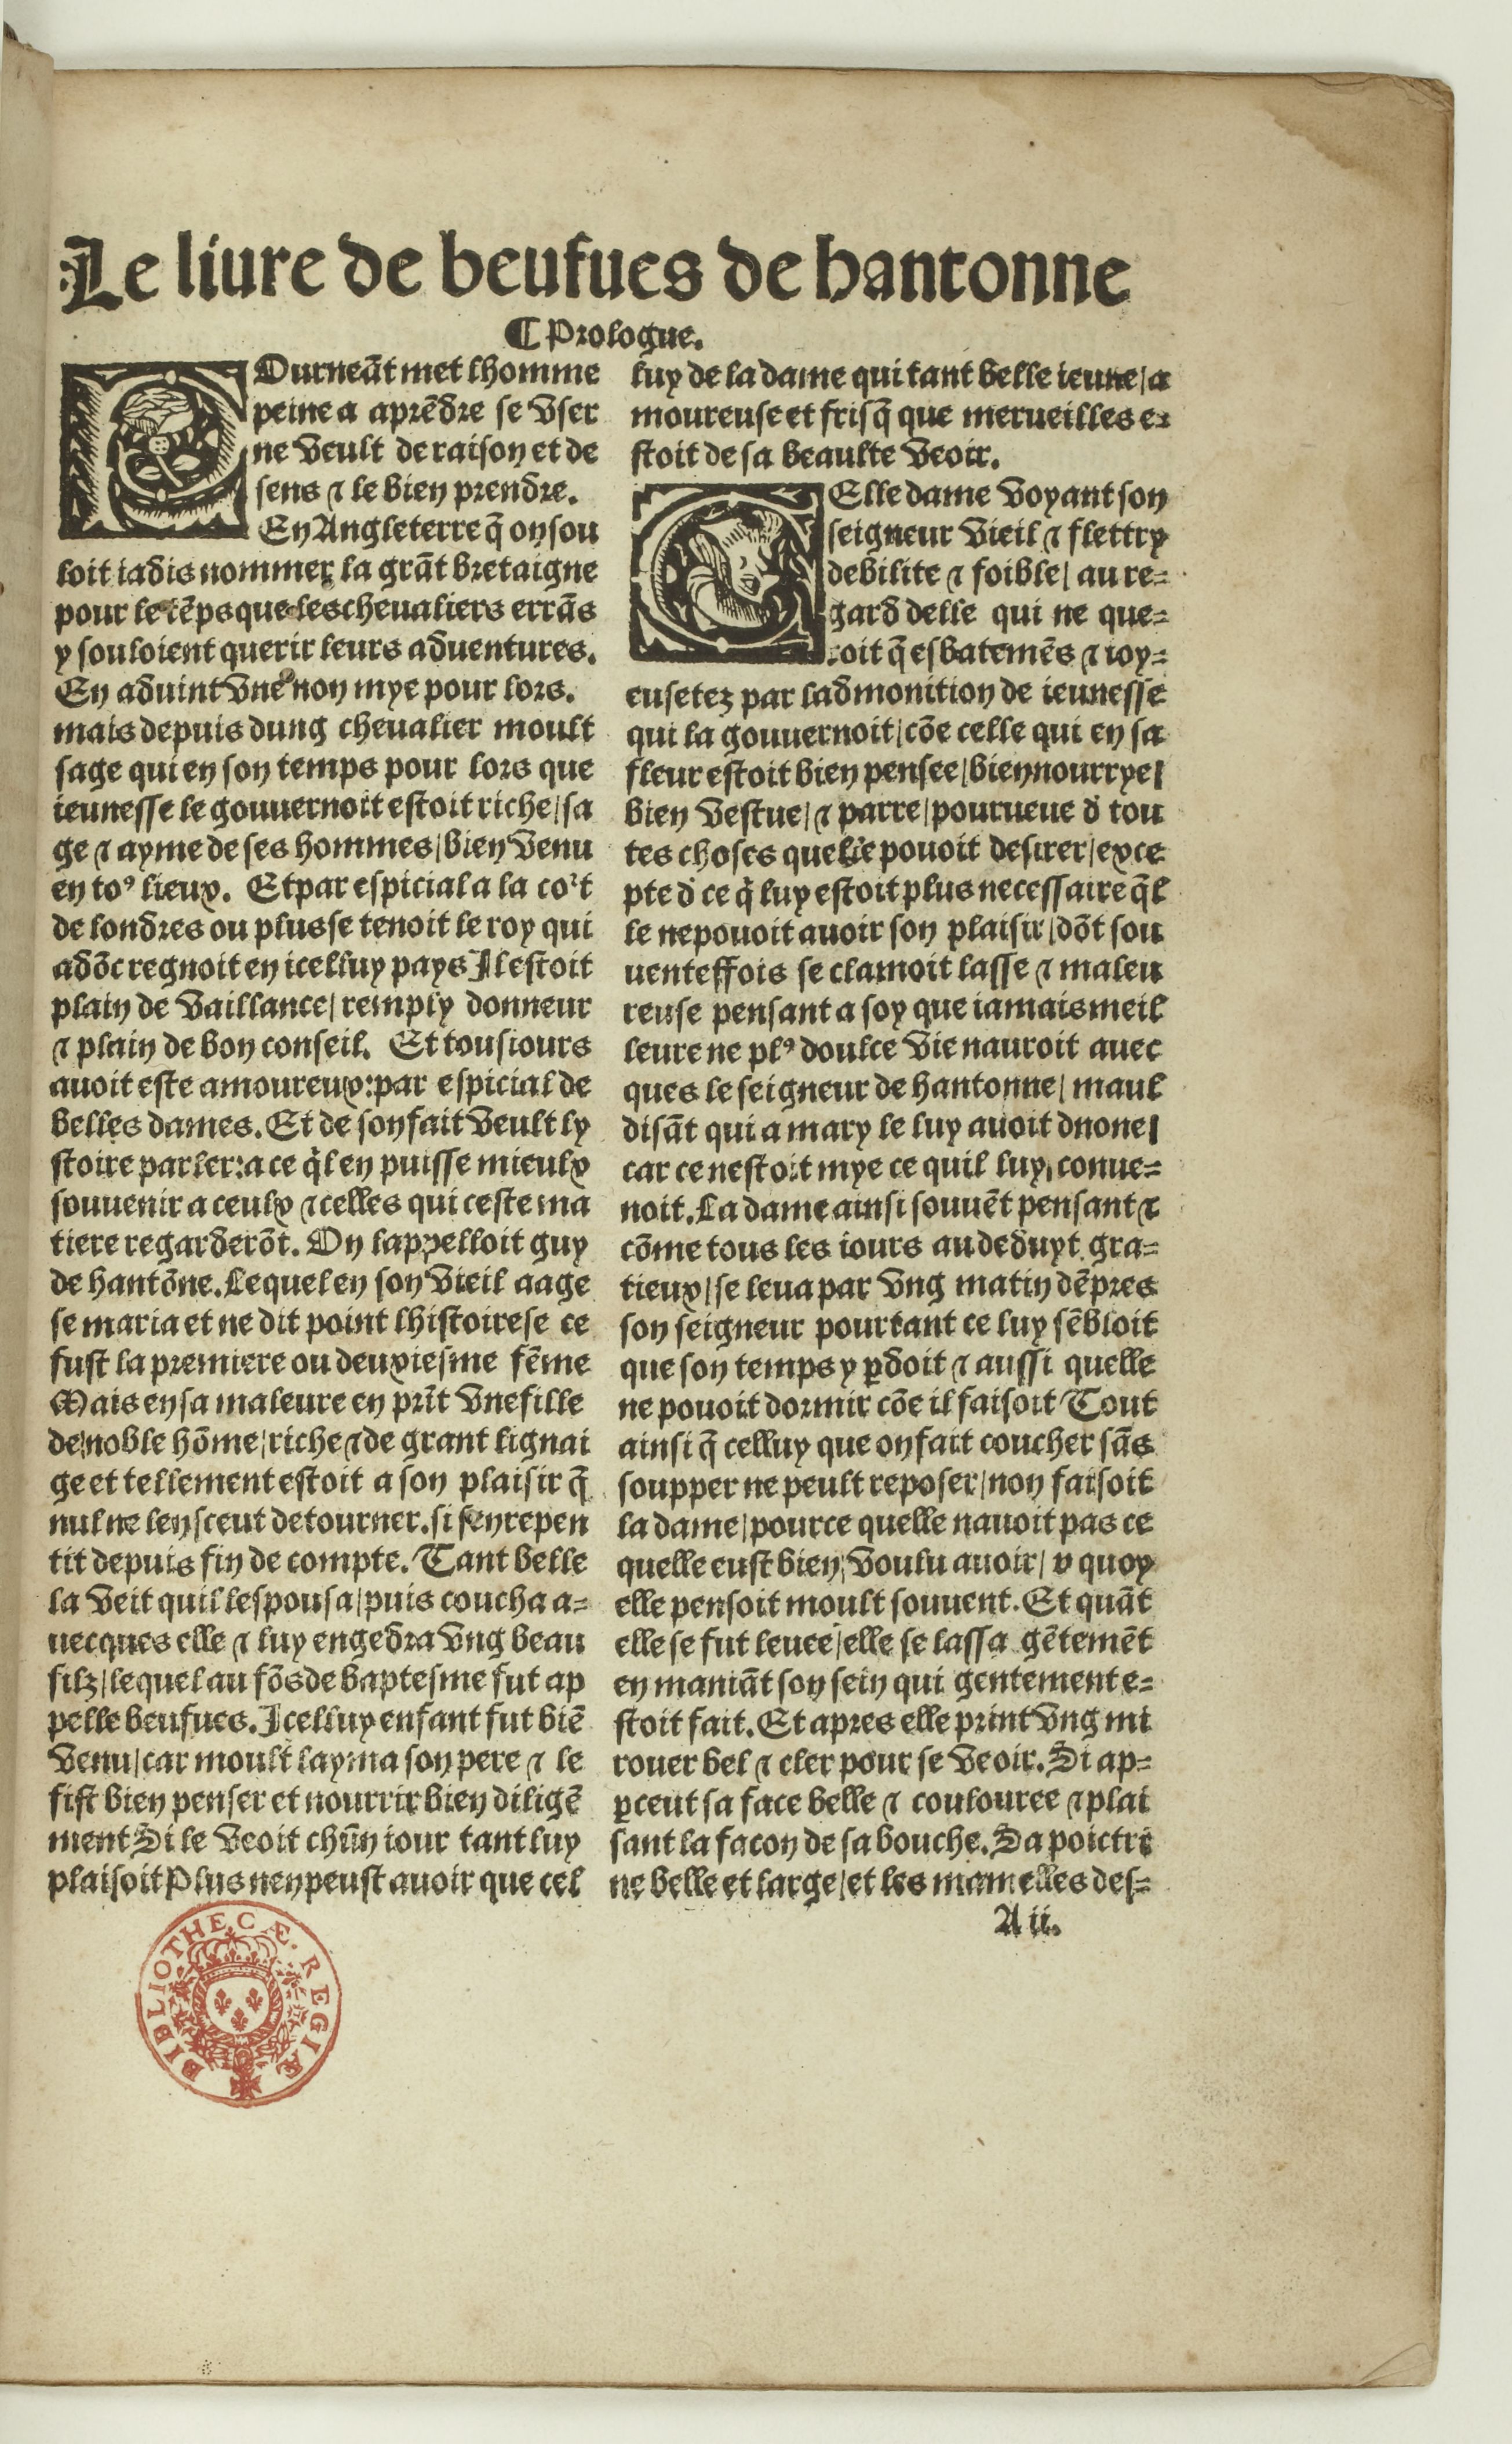
Shelfmark: Paris, BnF, Rés. Y2-674
Century: 16